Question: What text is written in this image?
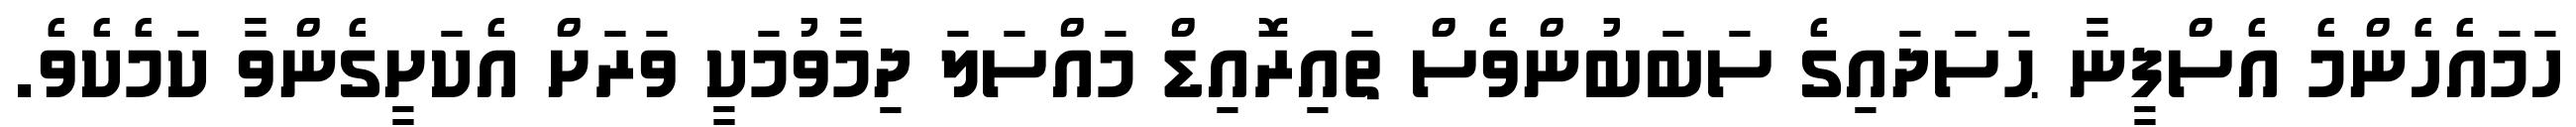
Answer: ހަމައެހެންމެ އެސްފީނާ ޙަސަދައިގެ ސަބަބުންވެސް ތައިރޮއިޑް މައްސަލަ ދިމާވުމަކީ ވަރަށް އެކަށީގެންވާ ކަމެކެވެ.